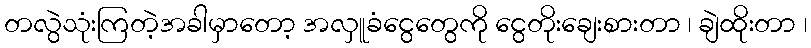
တလွဲသုံးကြတဲ့အခါမှာတော့ အလှူခံငွေတွေကို ငွေတိုးချေးစားတာ ၊ ချဲထိုးတာ ၊